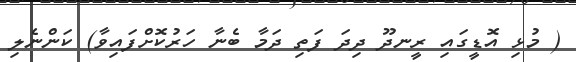
( މުޅި އޮޑީގައި ރީނދޫ ދިދަ ފަތި ދަމާ ބެނާ ހަރުކޮށްފައިވާ) ކަންނެލި